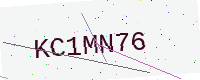
Text: KC1MN76